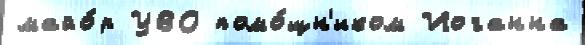
майо́р УВО помо́щн'иком Иоганна